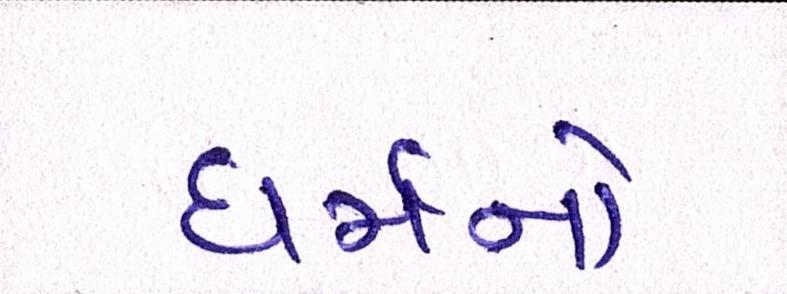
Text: ધર્મનો